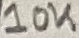
Text: 10K